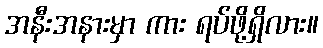
အနီးအနားမှာ ကား ရပ်ဖို့ရှိလား။